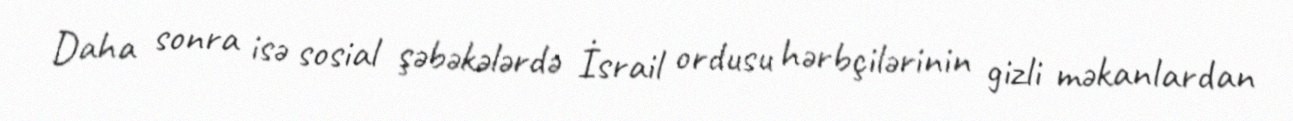
Daha sonra isə sosial şəbəkələrdə İsrail ordusu hərbçilərinin gizli məkanlardan